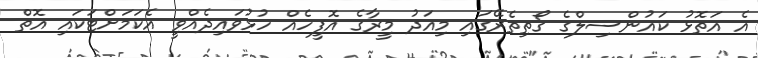
އެ އަތޮޅު ކައުންސިލްގެ ގޯތިތެރޭގައި މިއަދު މީރާގެ އޮފީހެއް ހުޅުވައިދެއްވީ އެކަމަށްޓަކައި އޮތް